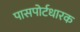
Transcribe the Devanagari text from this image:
पासपोर्टधारक